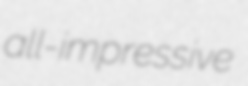
all-impressive